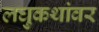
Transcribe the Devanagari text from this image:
लघुकथांवर